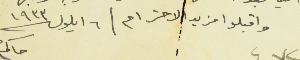
واقبلو مزيد / الاحترام / ٦ ايلول سنة ١٩٣٣